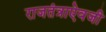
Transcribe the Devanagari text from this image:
राजतंत्राऐवजी